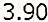
3.90